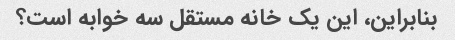
بنابراین، این یک خانه مستقل سه خوابه است؟